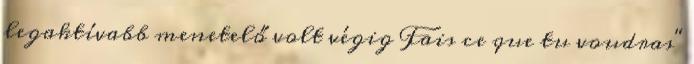
legaktívabb menetelő volt végig Fais ce que tu voudras"